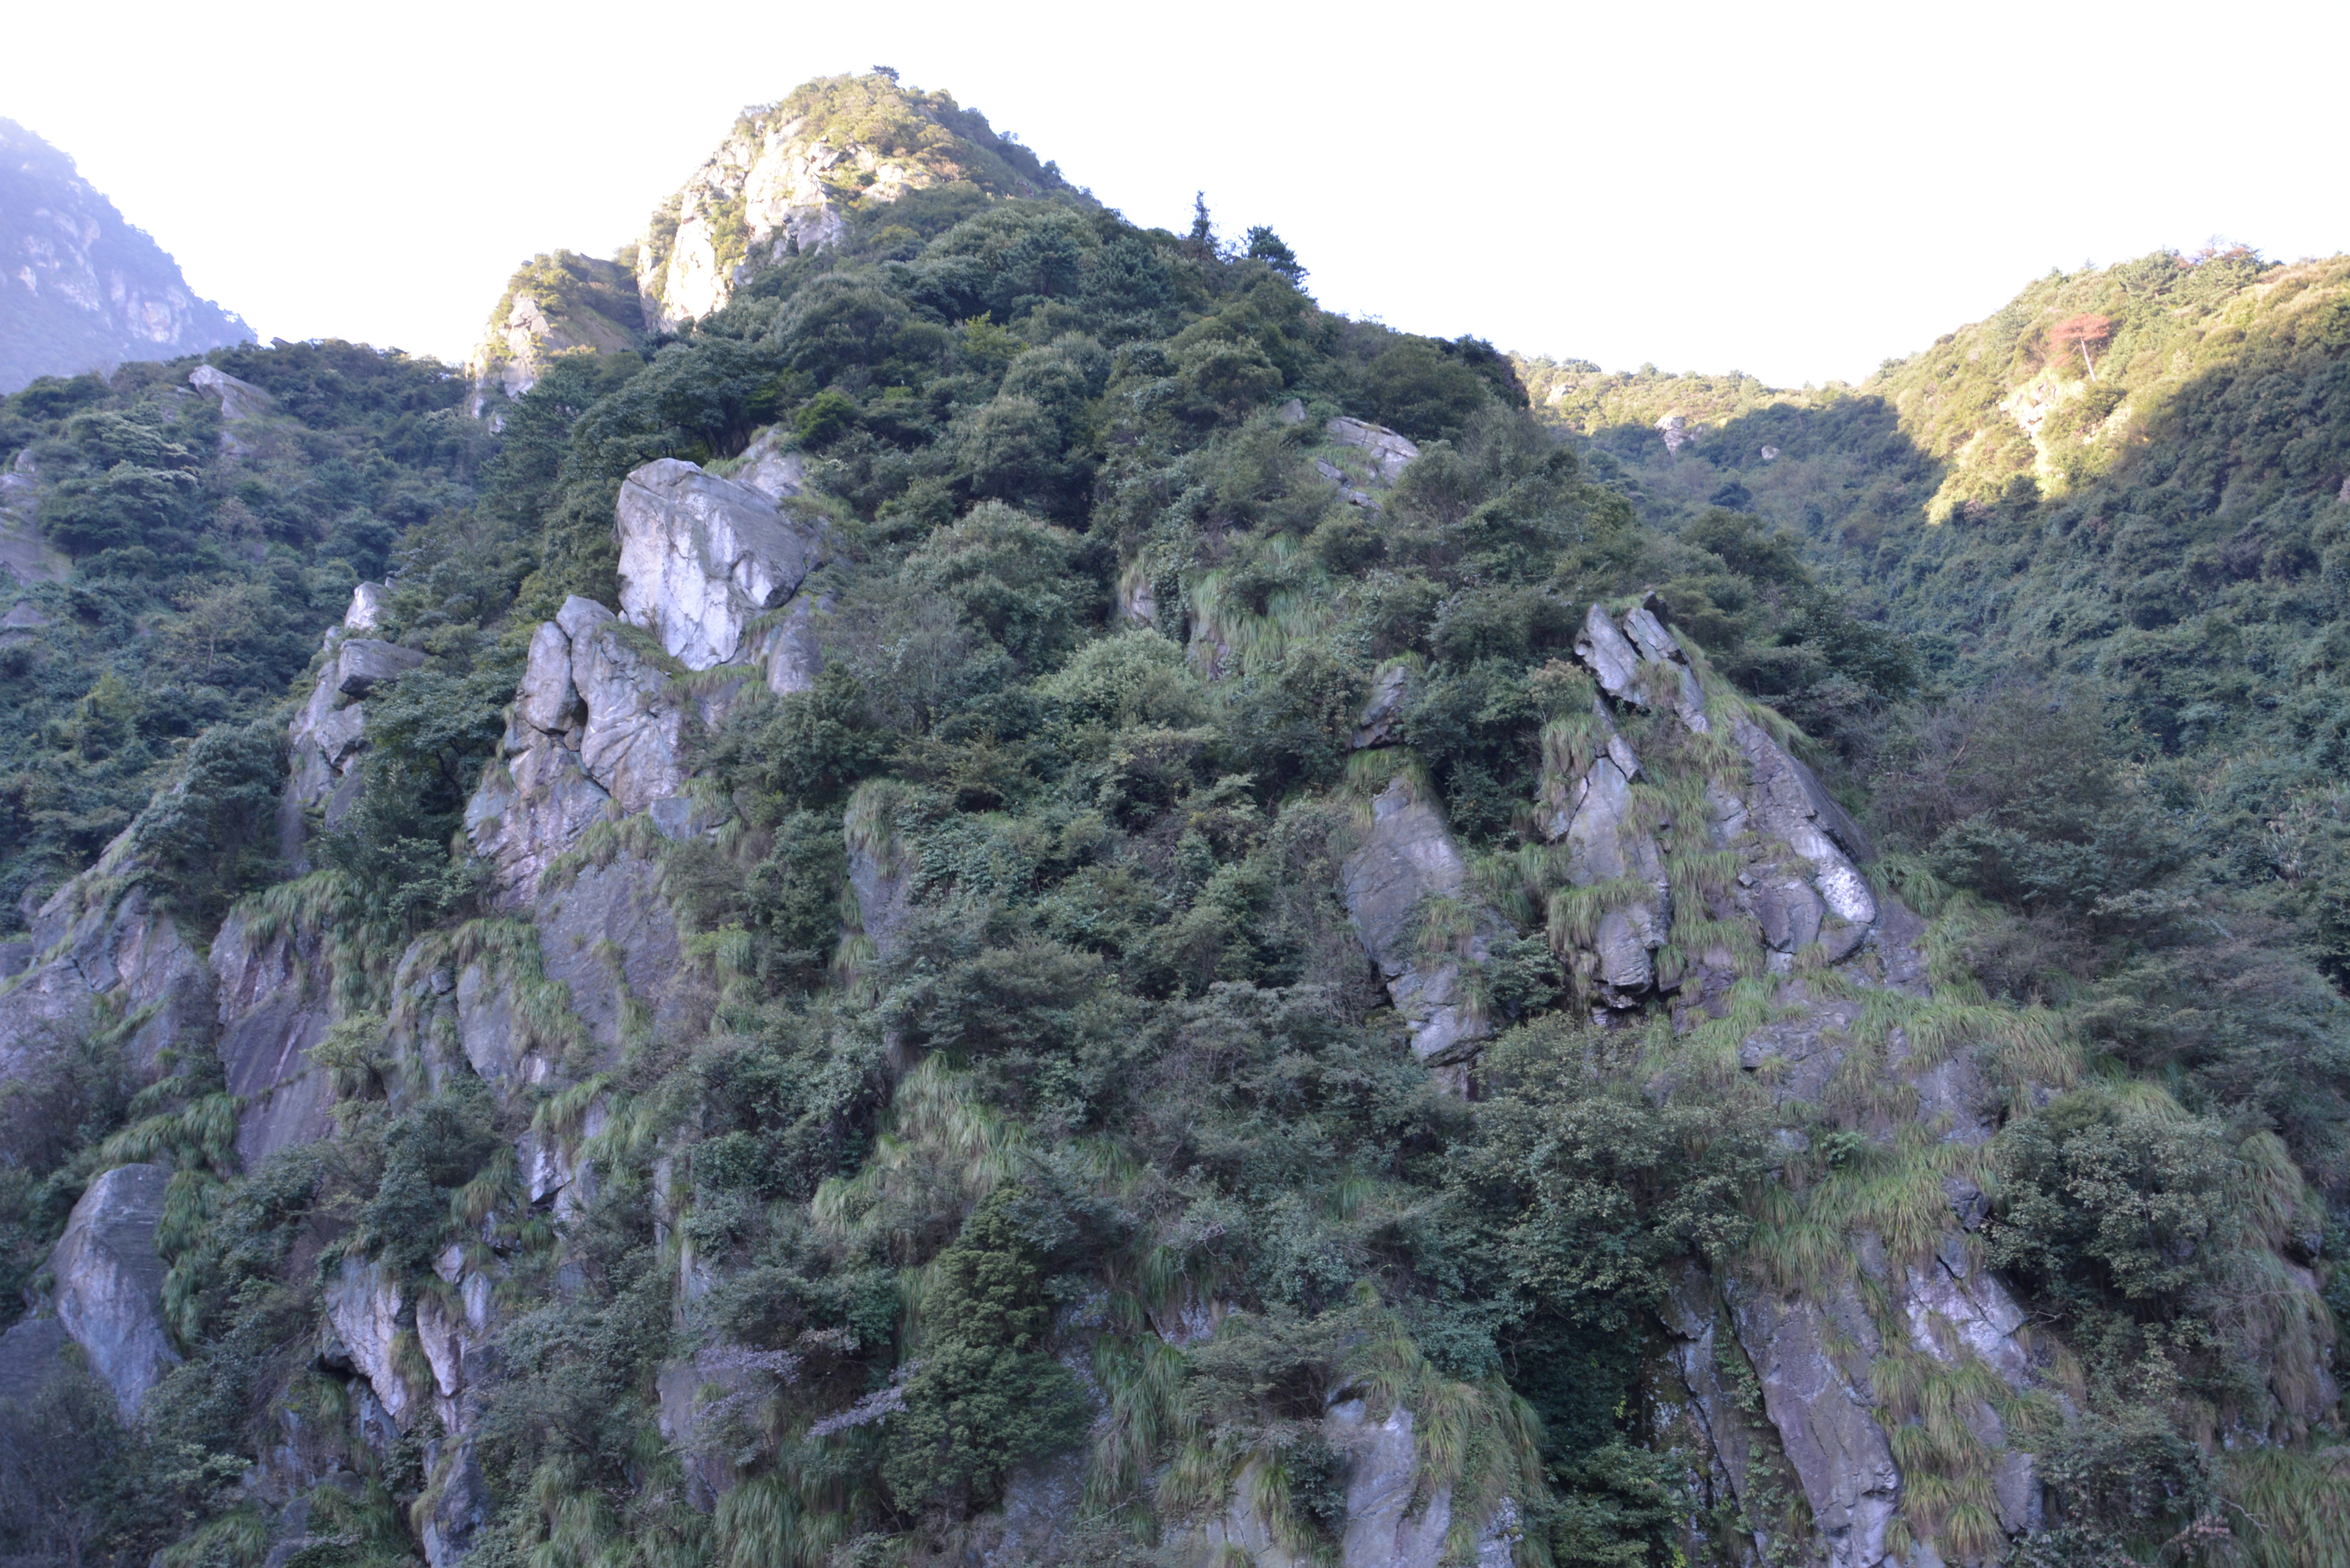
唯天下至诚，方能经纶天下之大经，立天下之大本